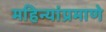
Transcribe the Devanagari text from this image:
महिन्यांप्रमाणे